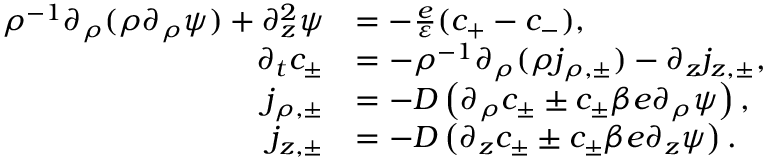
\begin{array} { r l } { \rho ^ { - 1 } \partial _ { \rho } ( \rho \partial _ { \rho } \psi ) + \partial _ { z } ^ { 2 } \psi } & { = - \frac { e } { \varepsilon } ( c _ { + } - c _ { - } ) , } \\ { \partial _ { t } c _ { \pm } } & { = - \rho ^ { - 1 } \partial _ { \rho } ( \rho j _ { \rho , \pm } ) - \partial _ { z } j _ { z , \pm } , } \\ { j _ { \rho , \pm } } & { = - D \left( \partial _ { \rho } c _ { \pm } \pm c _ { \pm } \beta e \partial _ { \rho } \psi \right) , } \\ { j _ { z , \pm } } & { = - D \left( \partial _ { z } c _ { \pm } \pm c _ { \pm } \beta e \partial _ { z } \psi \right) . } \end{array}